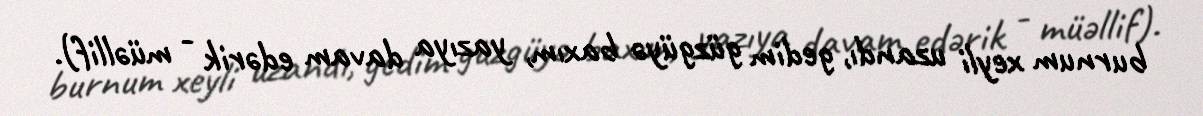
burnum xeyli uzandı, gedim güzgüyə baxım, yazıya davam edərik - müəllif).